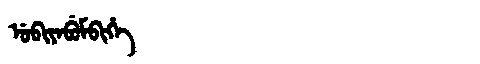
Manchu: ᡠᠪᡳᠶᠠᠪᡠᠮᠪᡳᡥᡝ
Romanization: UBIYABUMBIHE